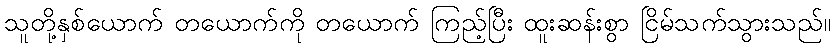
သူတို့နှစ်ယောက် တယောက်ကို တယောက် ကြည့်ပြီး ထူးဆန်းစွာ ငြိမ်သက်သွားသည်။